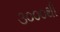
૩૦૦૦થી